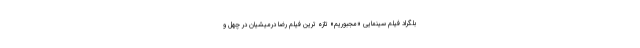
بلگراد فیلم سینمایی «مجبوریم» تازه ترین فیلم رضا درمیشیان در چهل و